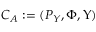
{ { C } _ { \cal A } } : = ( P _ { Y } , \Phi , \Upsilon )